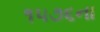
૧૫૭૬ના